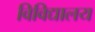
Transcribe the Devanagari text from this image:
विविद्यालय